Epidemic dropsy in Calcutta - Number 49
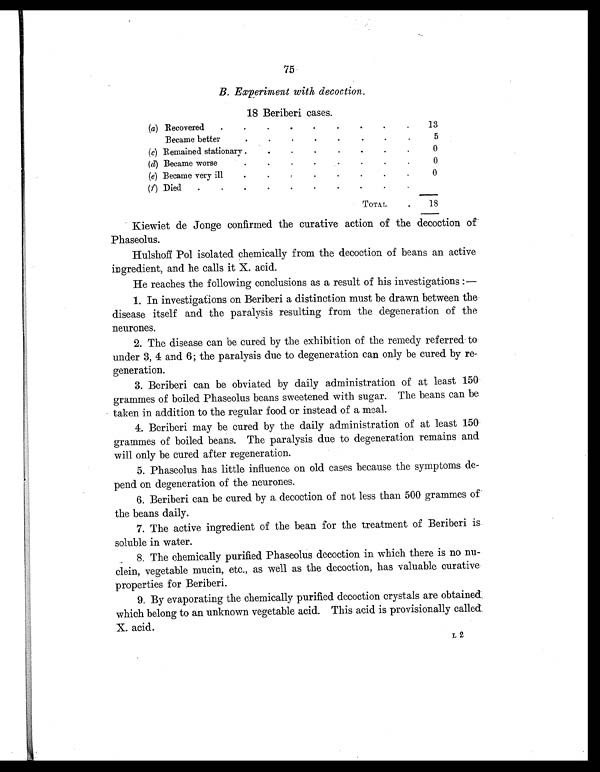
75
B. Experiment with decoction .
18 Beriberi cases.
(a) Recovered
.
.
.
.
.
.
.
.
.
13
Became better
.
.
.
.
.
.
.
.
5
(c) Remained stationary .
.
.
.
.
.
.
.
0
(d) Became worse
.
.
.
.
.
.
.
0
(e) Became very ill
.
.
.
.
.
.
0
( f) Died
.
.
.
.
.
.
.
.
.
.
TOTAL
.
18
Kiewiet de Jonge confirmed the curative action of the decoction of
Phaseolus.
Hulshoff Pol isolated chemically from the decoction of beans an active
ingredient, and he calls it X. acid.
He reaches the following conclusions as a result of his investigations :—
1. In investigations on Beriberi a distinction must be drawn between the
disease itself and the paralysis resulting from the degeneration of the
neurones.
2. The disease can be cured by the exhibition of the remedy referred to
under 3, 4 and 6; the paralysis due to degeneration can only be cured by re-
generation.
3. Beriberi can be obviated by daily administration of at least 150
grammes of boiled Phaseolus beans sweetened with sugar. The beans can be
taken in addition to the regular food or instead of a meal.
4. Beriberi may be cured by the daily administration of at least 150
grammes of boiled beans. The paralysis due to degeneration remains and
will only be cured after regeneration.
5. Phaseolus has little influence on old cases because the symptoms de-
pend on degeneration of the neurones.
6. Beriberi can be cured by a decoction of not less than 500 grammes of
the beans daily.
7. The active ingredient of the bean for the treatment of Beriberi is.
soluble in water.
8. The chemically purified Phaseolus decoction in which there is no nu-
clein, vegetable mucin, etc., as well as the decoction, has valuable curative
properties for Beriberi.
9. By evaporating the chemically purified decoction crystals are obtained
which belong to an unknown vegetable acid. This acid is provisionally called
X. acid.
L2